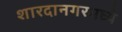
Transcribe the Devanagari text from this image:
शारदानगरमध्ये